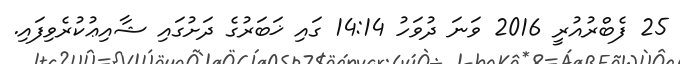
25 ފެބްރުއުރީ 2016 ވަނަ ދުވަހު 14:14 ގައި ޚަބަރުގެ ދަށުގައި ޝާއިޢުކުރެވިފައި.